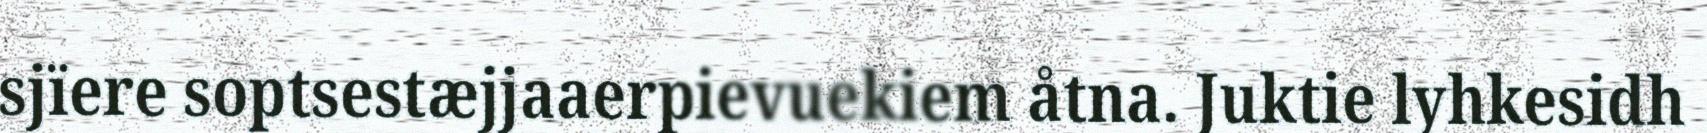
sjïere soptsestæjjaaerpievuekiem åtna. Juktie lyhkesidh